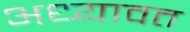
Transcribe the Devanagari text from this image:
अध्यावत